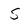
Character: S